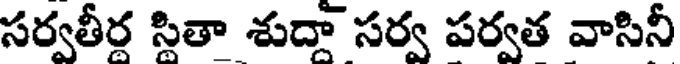
సర్వతీర సితా శుదా సర్వ పర్వత వాసినీ